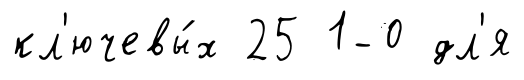
кл'ючевы́х 25 1-0 дл'я